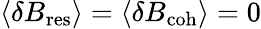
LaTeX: \langle{\mathbf\delta B}_{\mathrm{res}}\rangle=\langle{\mathbf\delta B}_{\mathrm{coh}}\rangle=0